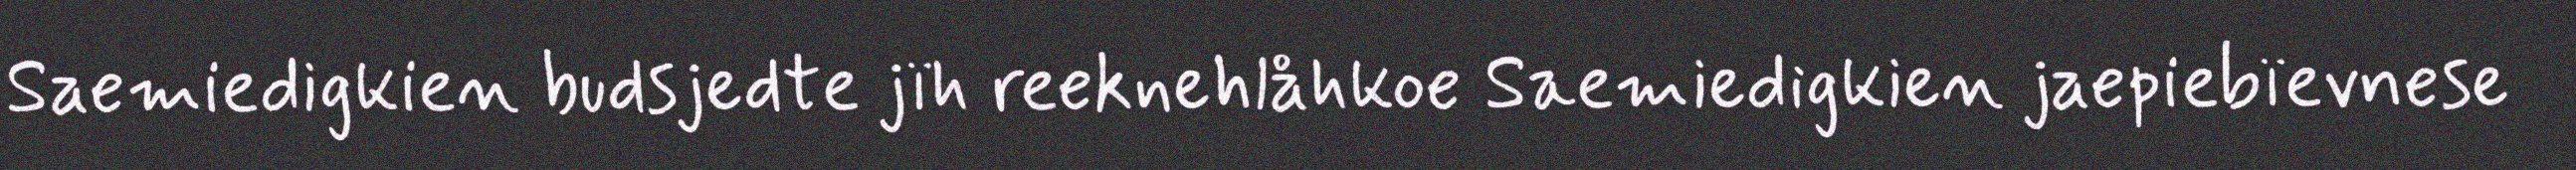
Saemiedigkien budsjedte jïh reeknehlåhkoe Saemiedigkien jaepiebïevnese